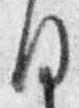
目